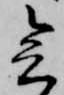
会